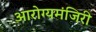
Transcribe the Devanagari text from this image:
आरोग्यमंजिरी